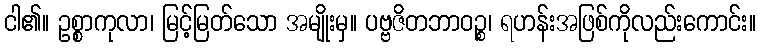
ငါ၏။ ဥစ္စာကုလာ၊ မြင့်မြတ်သော အမျိုးမှ။ ပဗ္ဗဇိတဘာဝဉ္စ၊ ရဟန်းအဖြစ်ကိုလည်းကောင်း။